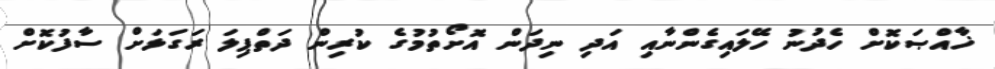
ޚާއްޞަކޮށް ހެދުނު ހޭލައިގެންނާއި އަދި ނިދަން އޮށޯތުމުގެ ކުރިން ދަތްޕިލަ ރަގަޅަށް ސާފުކޮށް